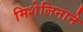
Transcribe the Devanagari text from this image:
मिशेलिनाने